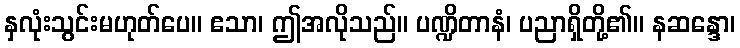
နှလုံးသွင်းမဟုတ်ပေ။ ဧသာ၊ ဤအလိုသည်။ ပဏ္ဍိတာနံ၊ ပညာရှိတို့၏။ နဆန္ဒော၊